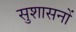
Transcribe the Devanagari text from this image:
सुशासनों